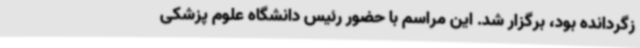
زگردانده بود، برگزار شد. این مراسم با حضور رئیس دانشگاه علوم پزشکی